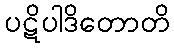
ပဋိပါဒိတောတိ